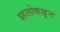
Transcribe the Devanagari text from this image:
इहलोकाहून